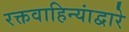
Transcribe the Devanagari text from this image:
रक्तवाहिन्यांद्वारे